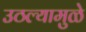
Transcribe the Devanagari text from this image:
उठल्यामुळे